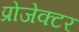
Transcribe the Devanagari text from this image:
प्रोजेक्‍टर